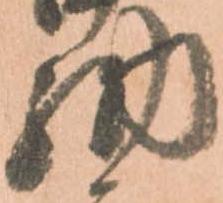
納